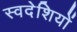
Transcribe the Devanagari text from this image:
स्वदेशियों